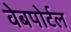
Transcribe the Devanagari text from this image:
वेबपोर्टल